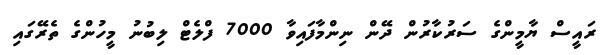
ރައީސް ޔާމީންގެ ސަރުކާރުން ދޭން ނިންމާފައިވާ 7000 ފްލެޓް ލިބުނު މީހުންގެ ތެރޭގައި